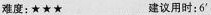
难度：★★★ 建议用时:6'